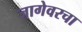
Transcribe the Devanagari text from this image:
जागेवरचा